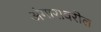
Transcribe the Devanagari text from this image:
अंगारावरील